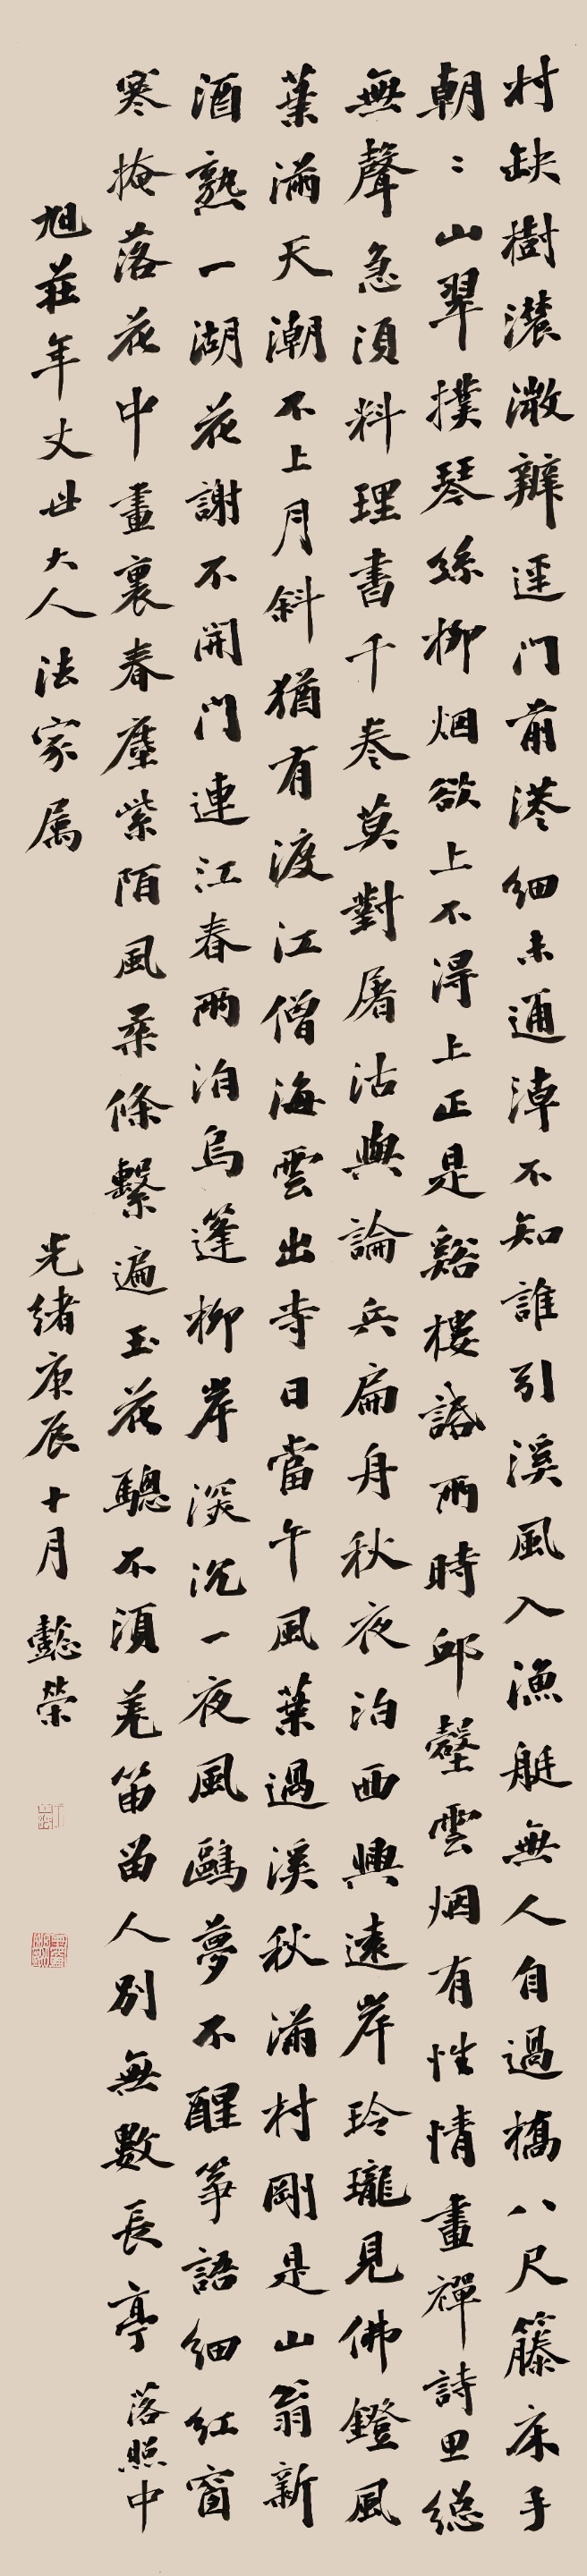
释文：村缺树浓微辨径，门前港细未通潮。不知谁引溪风入，渔艇无人自过桥。八尺藤床手（自支），朝朝山翠扑琴丝。柳烟欲上不得上，正是溪楼话雨时。丘壑云烟有性情，画禅诗思总无声。急须料理书千卷，莫对屠沽与论兵。扁舟秋夜泊西兴，远岸玲珑见佛灯。风叶满天潮不上，月斜犹有渡江僧。海云出寺日当午，风叶过溪秋满村。刚是山翁新酒熟，一湖花谢不开门。连江春雨泊乌篷，柳岸深沉一夜风。鸥梦不醒筝语细，红窗寒掩落花中。画里春尘紫陌风，柔条系遍玉花骢。不须羌笛留人别，无数长亭落照中。旭庄年丈世大人法家属，光绪庚辰十月，懿荣。